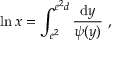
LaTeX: \ln x = \int _ { e ^ { 2 } } ^ { e ^ { 2 } d } \frac { \mathrm { d } y } { \psi ( y ) } ~ ,